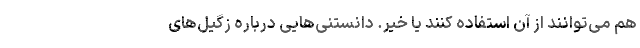
هم می‌توانند از آن استفاده کنند یا خیر. دانستنی‌هایی درباره زگیل‌های